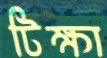
টিক্ষা